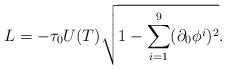
LaTeX: \begin{align*}L=-\tau_0U(T)\sqrt{1-\sum_{i=1}^9(\partial_0\phi^i)^2}. \end{align*}